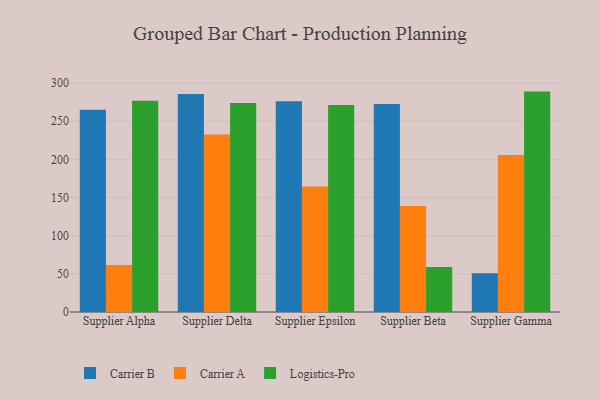
{"axis": {"x": "Supplier", "y": "Headcount"}, "legend": ["Carrier A", "Carrier B", "Logistics-Pro"], "data": [{"x": "Supplier Alpha", "y": 264.8, "type": "Carrier B"}, {"x": "Supplier Alpha", "y": 61.6, "type": "Carrier A"}, {"x": "Supplier Alpha", "y": 276.8, "type": "Logistics-Pro"}, {"x": "Supplier Delta", "y": 285.6, "type": "Carrier B"}, {"x": "Supplier Delta", "y": 232.6, "type": "Carrier A"}, {"x": "Supplier Delta", "y": 273.7, "type": "Logistics-Pro"}, {"x": "Supplier Epsilon", "y": 276.2, "type": "Carrier B"}, {"x": "Supplier Epsilon", "y": 164.5, "type": "Carrier A"}, {"x": "Supplier Epsilon", "y": 271.0, "type": "Logistics-Pro"}, {"x": "Supplier Beta", "y": 272.4, "type": "Carrier B"}, {"x": "Supplier Beta", "y": 139.0, "type": "Carrier A"}, {"x": "Supplier Beta", "y": 59.0, "type": "Logistics-Pro"}, {"x": "Supplier Gamma", "y": 50.7, "type": "Carrier B"}, {"x": "Supplier Gamma", "y": 205.6, "type": "Carrier A"}, {"x": "Supplier Gamma", "y": 288.7, "type": "Logistics-Pro"}]}